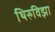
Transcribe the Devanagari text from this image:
थिरुविझा